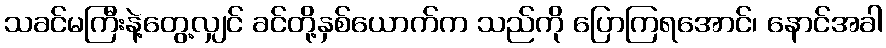
သခင်မကြီးနဲ့တွေ့လျှင် ခင်တို့နှစ်ယောက်က သည်ကို ပြောကြရအောင်၊ နောင်အခါ